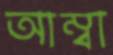
আম্বা